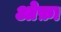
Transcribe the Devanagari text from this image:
ओफ़ा